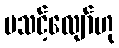
မသင့်လျော်ဟု